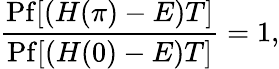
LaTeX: \frac{\mathrm{Pf}[(H(\pi)-E)T]}{\mathrm{Pf}[(H(0)-E)T]}=1,